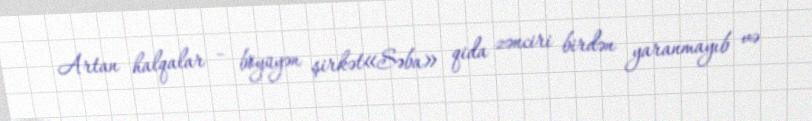
Artan halqalar – böyüyən şirkət«Səba» qida zənciri birdən yaranmayıb və